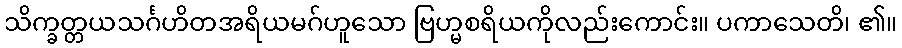
သိက္ခတ္တယသင်္ဂဟိတအရိယမဂ်ဟူသော ဗြဟ္မစရိယကိုလည်းကောင်း။ ပကာသေတိ၊ ၏။